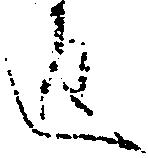
返